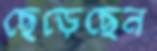
ছেড়েছেন